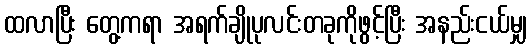
ထလာပြီး တွေ့ကရာ အရက်ချိုပုလင်းတခုကိုဖွင့်ပြီး အနည်းငယ်မျှ